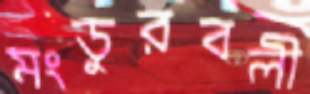
মংডুরবলী